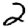
Digit: 2